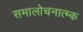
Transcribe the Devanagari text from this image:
समालोचनात्म्क